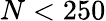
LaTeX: N<250